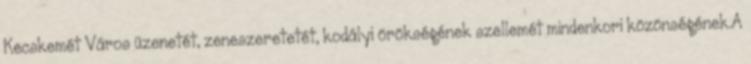
Kecskemét Város üzenetét, zeneszeretetét, kodályi örökségének szellemét mindenkori közönségének.A